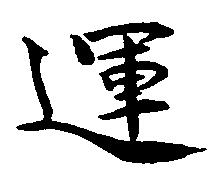
運